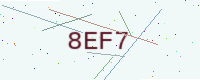
Text: 8EF7